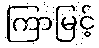
ကြာမြင့်